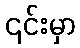
၎င်းမှာ